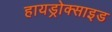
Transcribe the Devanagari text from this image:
हायड्रोक्साइड